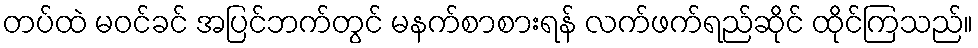
တပ်ထဲ မဝင်ခင် အပြင်ဘက်တွင် မနက်စာစားရန် လက်ဖက်ရည်ဆိုင် ထိုင်ကြသည်။